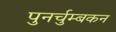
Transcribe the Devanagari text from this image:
पुनर्चुम्बकन